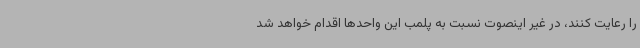
را رعایت کنند، در غیر اینصوت نسبت به پلمب این واحدها اقدام خواهد شد